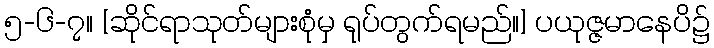
၅-၆-၇။ [ဆိုင်ရာသုတ်များစုံမှ ရုပ်တွက်ရမည်။] ပယုဇ္ဇမာနေပိ၌